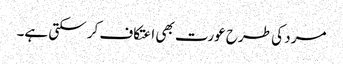
مرد کی طرح عورت بھی اعتکاف کر سکتی ہے۔